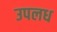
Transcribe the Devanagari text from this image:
उपलध